Vabadussoja_Ajaloo_Komitee, lk 37
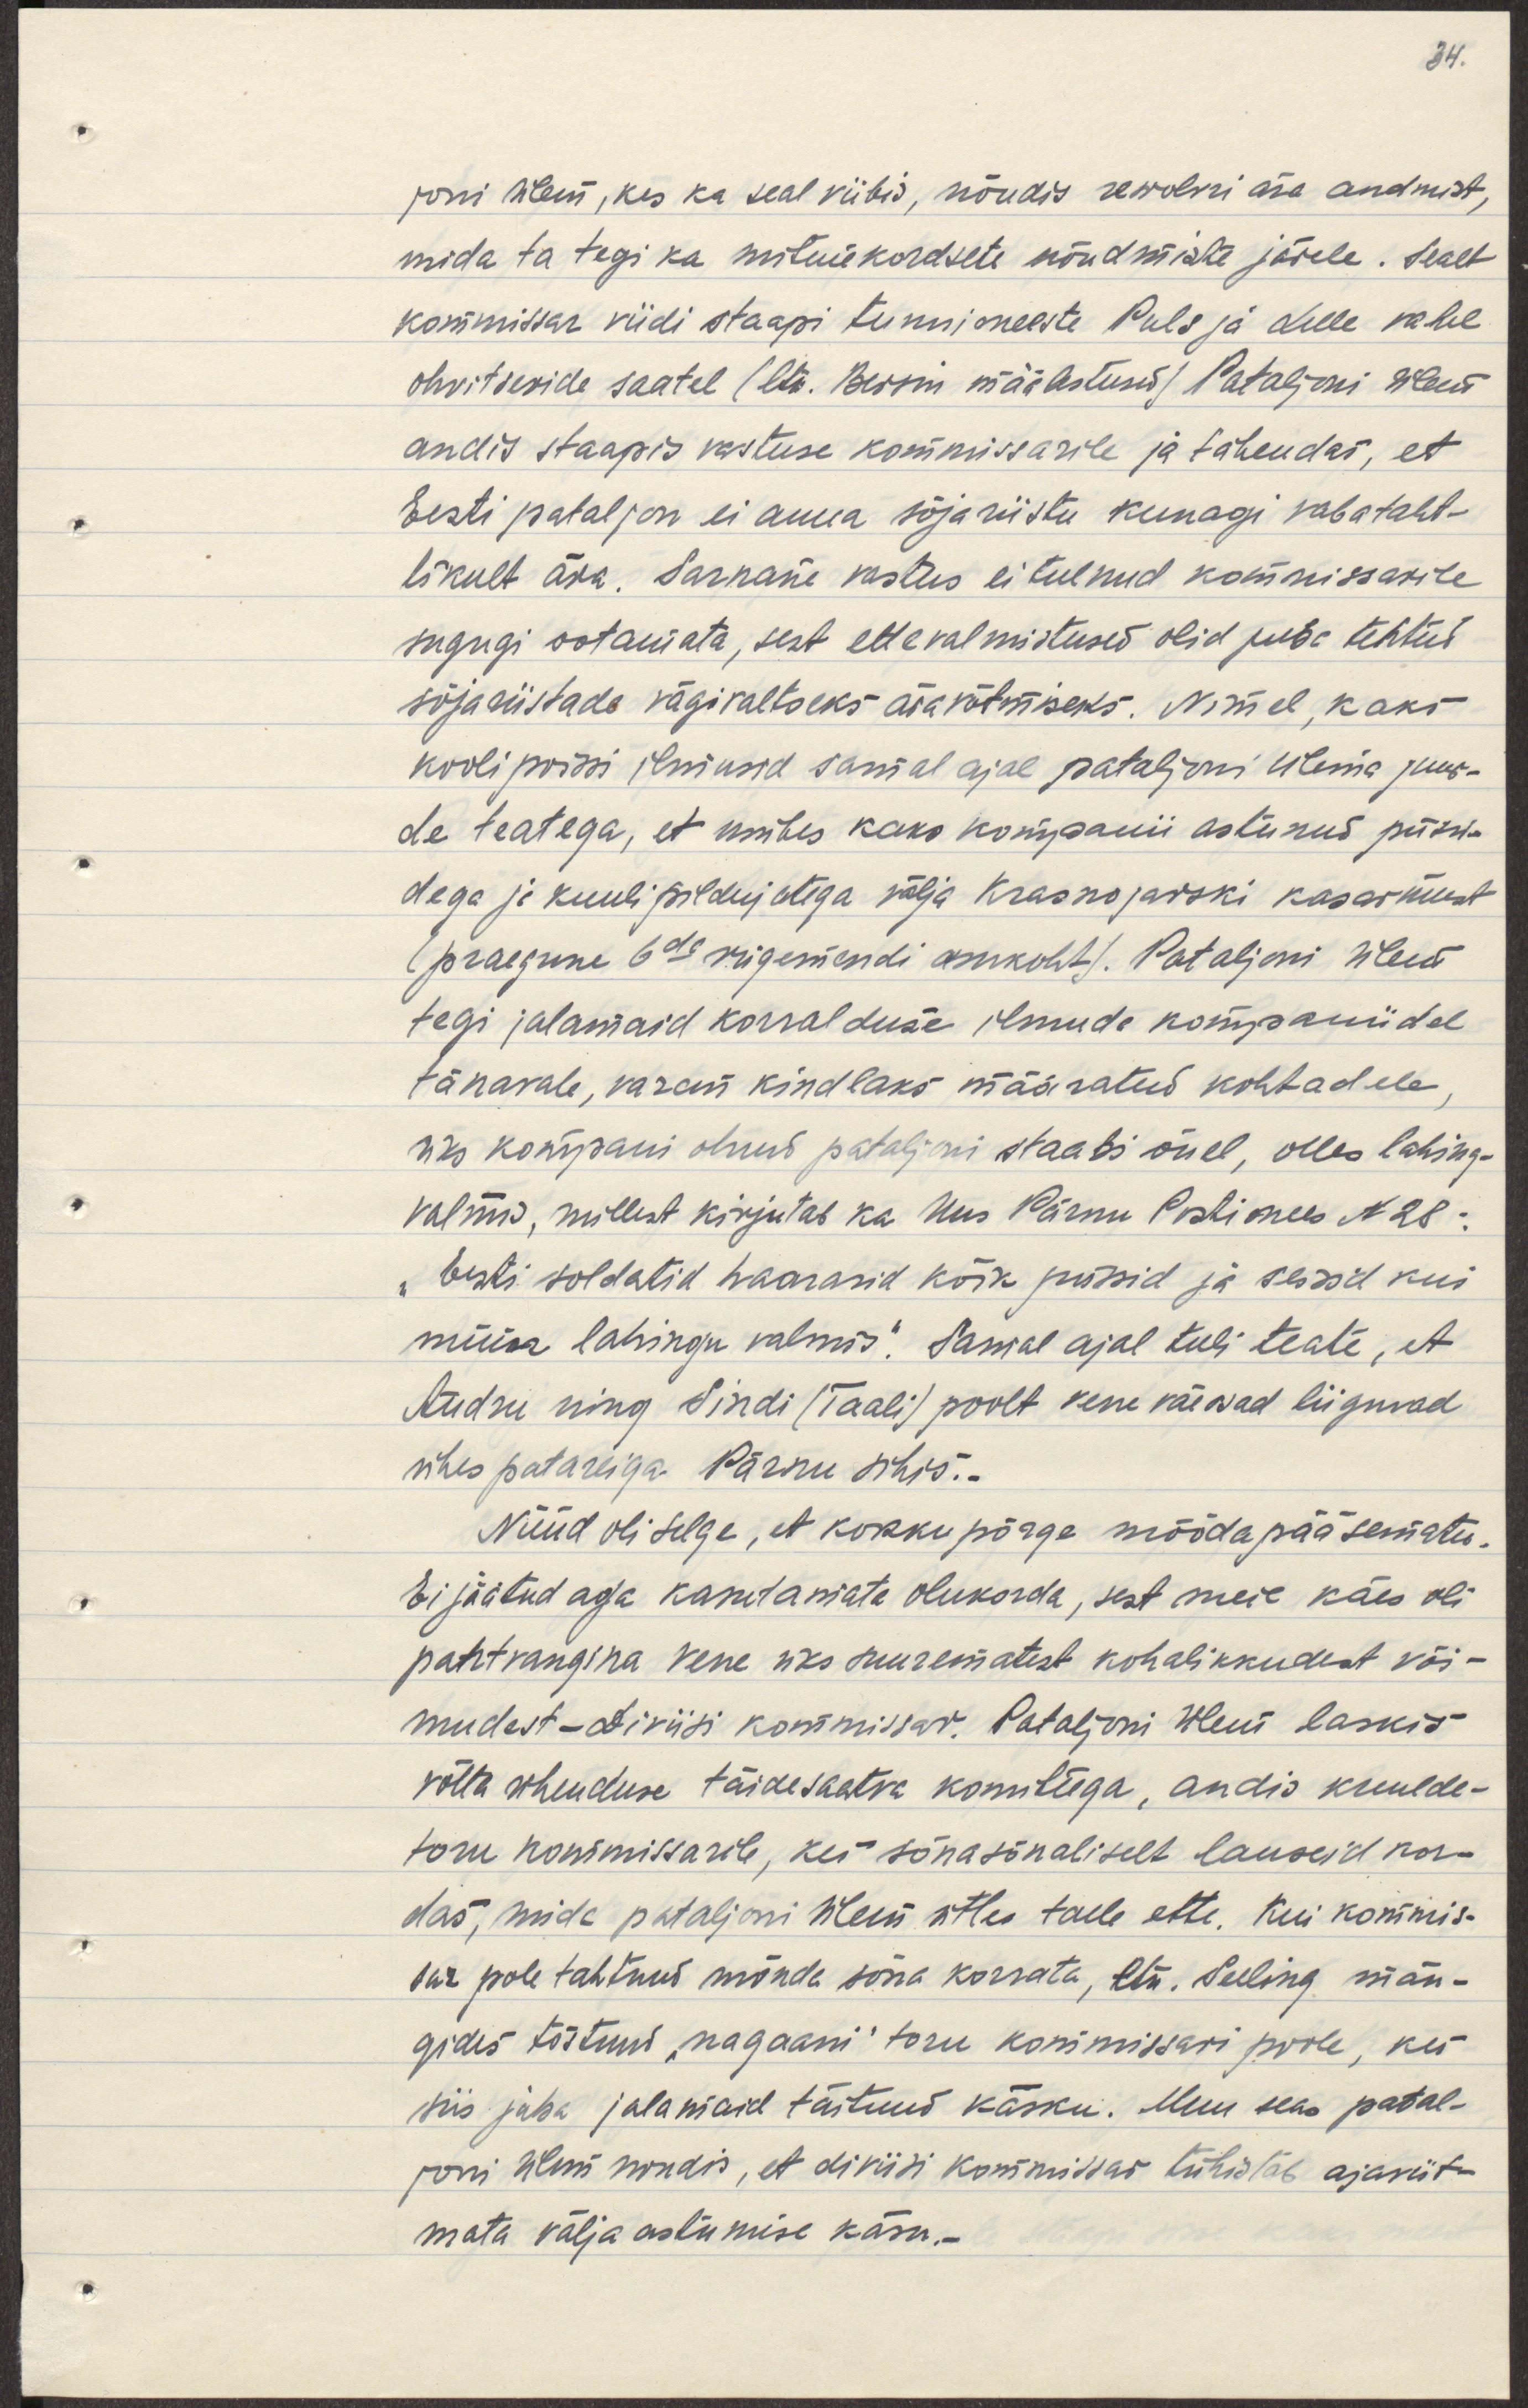
joni ülem, kes ka seal viibis, nõudis rewolvri ära andmist,
mida ta tegi ka mitmekordsete nõudmiste järele. Sealt
kommissar viidi staapi tunnimeeste Puls ja Lelle vahel 
ohvitseride saatel ( Ltn. Bersin määlestused) Pataljoni ülem
andis staapis vastuse kommissarile ja tähendas, et
Eesti pataljon ei anna sõjariiste kunagi vabataht-
likult ära. Sarnane vastus ei tulnud kommissarile
sugugi ootamata, sest ettevalmistused olid juba tehtud
sõjariistade vägivaltseks äravõtmiseks. Nimel, kaks-
kooli poissi ilmusid samal ajal pataljoni ülema juur-
de teatega, et umbes kaks kompanii astunud püssi-
dega ja kuulipildujatega välja Krasnojasrki kasarmust
(praegune 6da rügemendi asukoht). Pataljoni ülem
tegi jalamaid korralduse ilmuda kompaniidel
tänavale, varem kindlaks määratud kohtadele,
üks kompanii olnud pataljoni staabi õuel, olles lahing-
valmis, millest kirjutab ka uus Pärnu Postimees N28:
"Eesti soldatid haarasid kõik püssid ja seisid kui
müür lahingu valmis". Samal ajal tuli teate, et
Audru ning Sindi (Taali) poolt vene väeosad liiguvad
ühes patareiga Pärnu sihis.-
Nüüd oli selge, et kokkupõrge mõõdapääsematu.
Ei jäätud aga kasutamata olukorda, sest meie käes oli
pantvangina vene üks suurematest kohalikkudest või-
mudest - diviisi kommissar. Pataljoni ülem laskis-
võtta ühenduse täidesaatva komiteega, andis kuulde-
toru kommissarile, kes sõnasõnaliselt lauseid kor-
das, mida pataljoni ülem ütles talle ette. Kui kommis-
sar pole tahtnud mõnda sõnda korrata, ltn. Selling män-
gides tõstnud "naganii" toru kommissari poole, kes
siis juba jalamaid täitnud käsku. Muu seas patal-
joni ülem sundis, et diviisi kommissar tühistaks ajaviit-
mata väljaastumise käsu.